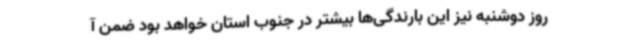
روز دوشنبه نیز این بارندگی‌ها بیشتر در جنوب استان خواهد بود ضمن آ